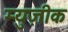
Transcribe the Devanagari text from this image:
म्युज़ीक